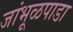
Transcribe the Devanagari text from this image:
जांभूळपाडा